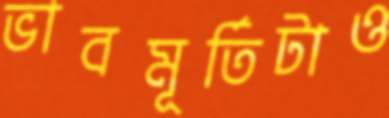
ভাবমূর্তিটাও